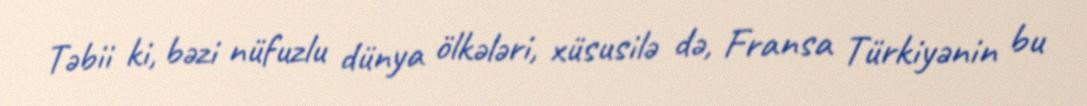
Təbii ki, bəzi nüfuzlu dünya ölkələri, xüsusilə də, Fransa Türkiyənin bu